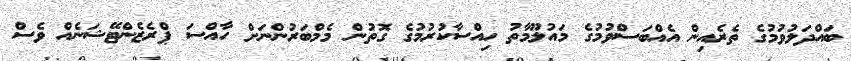
ބައްދަލުވުމުގެ ތެރެއިން އެއްބަސްވުމުގެ މައުލޫމާތު ހިއްސާކުރުމުގެ ގޮތުން މެމްބަރުންނަށް ހާއްސަ ޕްރެޒެންޓޭޝަނެއް ވެސް